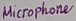
Text: Microphone